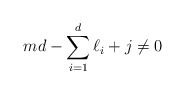
\begin{align*} md - \sum_{i=1}^d \ell_i + j \neq 0 \end{align*}